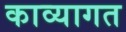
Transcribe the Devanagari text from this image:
काव्यागत